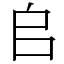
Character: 𠂤